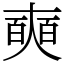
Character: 奭